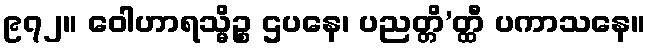
၉၇၂။ ဝေါဟာရသ္မိဉ္စ ဌပနေ၊ ပညတ္တိ’တ္ထီ ပကာသနေ။